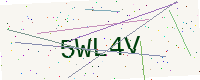
Text: 5WL4V